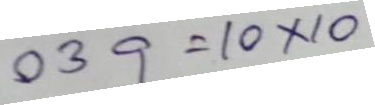
039 = 10 x 10